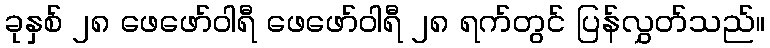
ခုနှစ် ၂၈ ဖေဖော်ဝါရီ ဖေဖော်ဝါရီ ၂၈ ရက်တွင် ပြန်လွှတ်သည်။